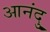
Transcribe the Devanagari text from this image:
आनंदु